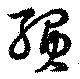
縜